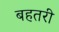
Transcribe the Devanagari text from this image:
बहतरी